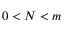
0 < N < m